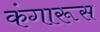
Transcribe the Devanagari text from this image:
कंगारूस